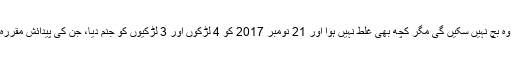
تاہم بوبی میککوفی اس حوالے سے خوش قسمت ثابت ہوئیں، ڈاکٹروں کو خدشہ تھا کہ وہ بچ نہیں سکیں گی مگر کچھ بھی غلط نہیں ہوا اور 21 نومبر 2017 کو 4 لڑکوں اور 3 لڑکیوں کو جنم دیا، جن کی پیدائش مقررہ وقت سے 9 ہفتے قبل آپریشن کے ذریعے ہوئی، جبکہ وہ ہسپتال میں 2 ماہ تک رہے۔